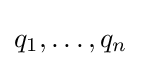
q_{1},\ldots ,q_{n}